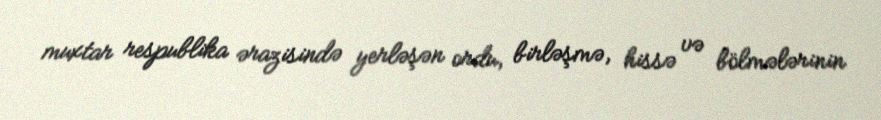
muxtar respublika ərazisində yerləşən ordu, birləşmə, hissə və bölmələrinin